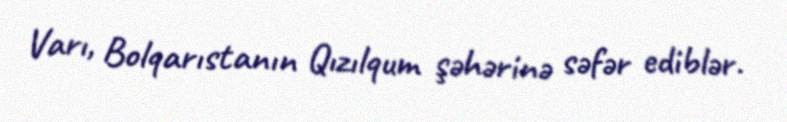
Varı, Bolqarıstanın Qızılqum şəhərinə səfər ediblər.